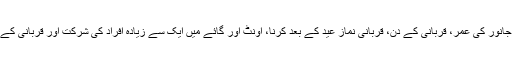
جس میں قربانی کرنے والے کےلیے ناخن و بال کاٹنے کا حکم، میت کو قربانی میں شریک کرنا، قربانی کے جانور کی عمر، قربانی کے دن، قربانی نماز عید کے بعد کرنا، اونٹ اور گائے میں ایک سے زیادہ افراد کی شرکت اور قربانی کے گوشت کی تقسیم وغیرہ جیسے مسائل پر کتاب و سنت کی درست رہنمائی فراہم کرنے کی کوشش کی گئی ہے۔